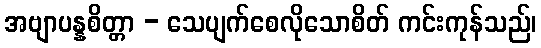
အဗျာပန္နစိတ္တာ - သေပျက်စေလိုသောစိတ် ကင်းကုန်သည်၊